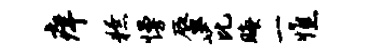
痒獠慢蜃芘晦一憔